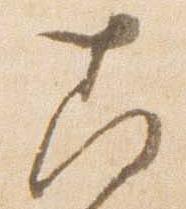
南